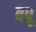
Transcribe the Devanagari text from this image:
बपू